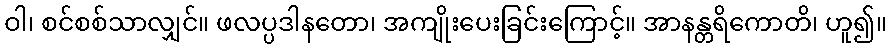
ဝါ၊ စင်စစ်သာလျှင်။ ဖလပ္ပဒါနတော၊ အကျိုးပေးခြင်းကြောင့်။ အာနန္တရိကောတိ၊ ဟူ၍။